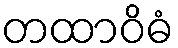
တထာဝိဓံ